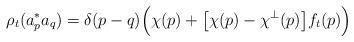
LaTeX: \begin{align*}\rho_t( a_p^*a_q )= \delta ( p - q )\Big( \chi(p) + \big[\chi(p) - \chi^\perp(p)\big] f_t(p) \Big) \end{align*}